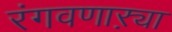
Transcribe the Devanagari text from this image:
रंगवणाऱ्या